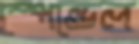
স্পেন্ডেল